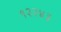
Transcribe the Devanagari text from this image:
१२२४३